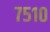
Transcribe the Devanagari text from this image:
७५१०